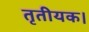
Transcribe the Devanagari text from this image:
तृतीयक।